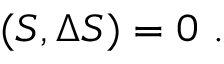
( S , \Delta S ) = 0 \ .